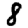
Digit: 8